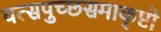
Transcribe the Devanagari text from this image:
वत्सपुच्छसमाकृष्टो